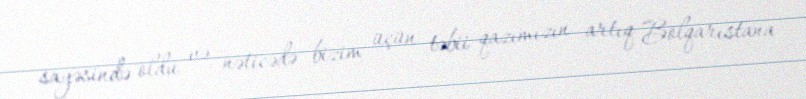
sayəsində oldu və nəticədə bizim üçün təbii qazımızın artıq Bolqarıstana